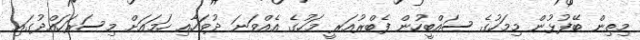
މިތިން ބޭފުޅުން މިމަހުގެ ސައްބީހުން ފެބްރުއަރީ މަހުގެ އެއްވަނަ ދުވަހާއި ހަމައަށް މިސަރަހައްދުގައި